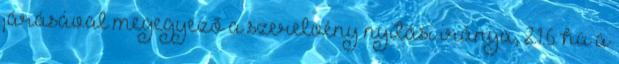
járásával megegyezõ a szerelvény nyitási iránya, 2.1.6. ha a